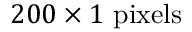
2 0 0 \times 1 ~ \mathrm { p i x e l s }